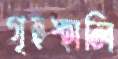
গৃহস্হালি